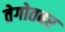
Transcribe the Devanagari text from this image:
तेगोतबर